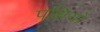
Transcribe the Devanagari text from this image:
पक्षियो